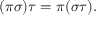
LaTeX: ( \pi \sigma ) \tau = \pi ( \sigma \tau ) .